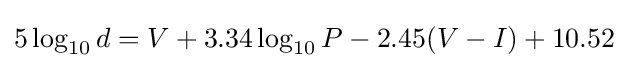
5\log _{10}{d}=V+3.34\log _{10}{P}-2.45(V-I)+10.52